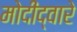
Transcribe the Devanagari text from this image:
मोदींद्वारे